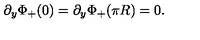
\partial _ { y } \Phi _ { + } ( 0 ) = \partial _ { y } \Phi _ { + } ( \pi R ) = 0 .